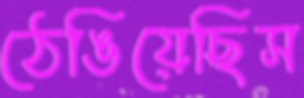
ঠেঙিয়েছিস